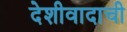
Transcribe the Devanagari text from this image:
देशीवादाची